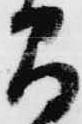
間